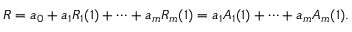
R = a _ { 0 } + a _ { 1 } R _ { 1 } ( 1 ) + \cdots + a _ { m } R _ { m } ( 1 ) = a _ { 1 } A _ { 1 } ( 1 ) + \cdots + a _ { m } A _ { m } ( 1 ) .